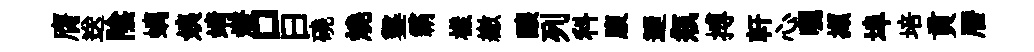
膺送陰螭姨靖燈口曰磽燒鑿霸樣繳醸列科腹迺瓶搏軒心曬擷埠培貢暦